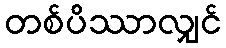
တစ်ပိဿာလျှင်